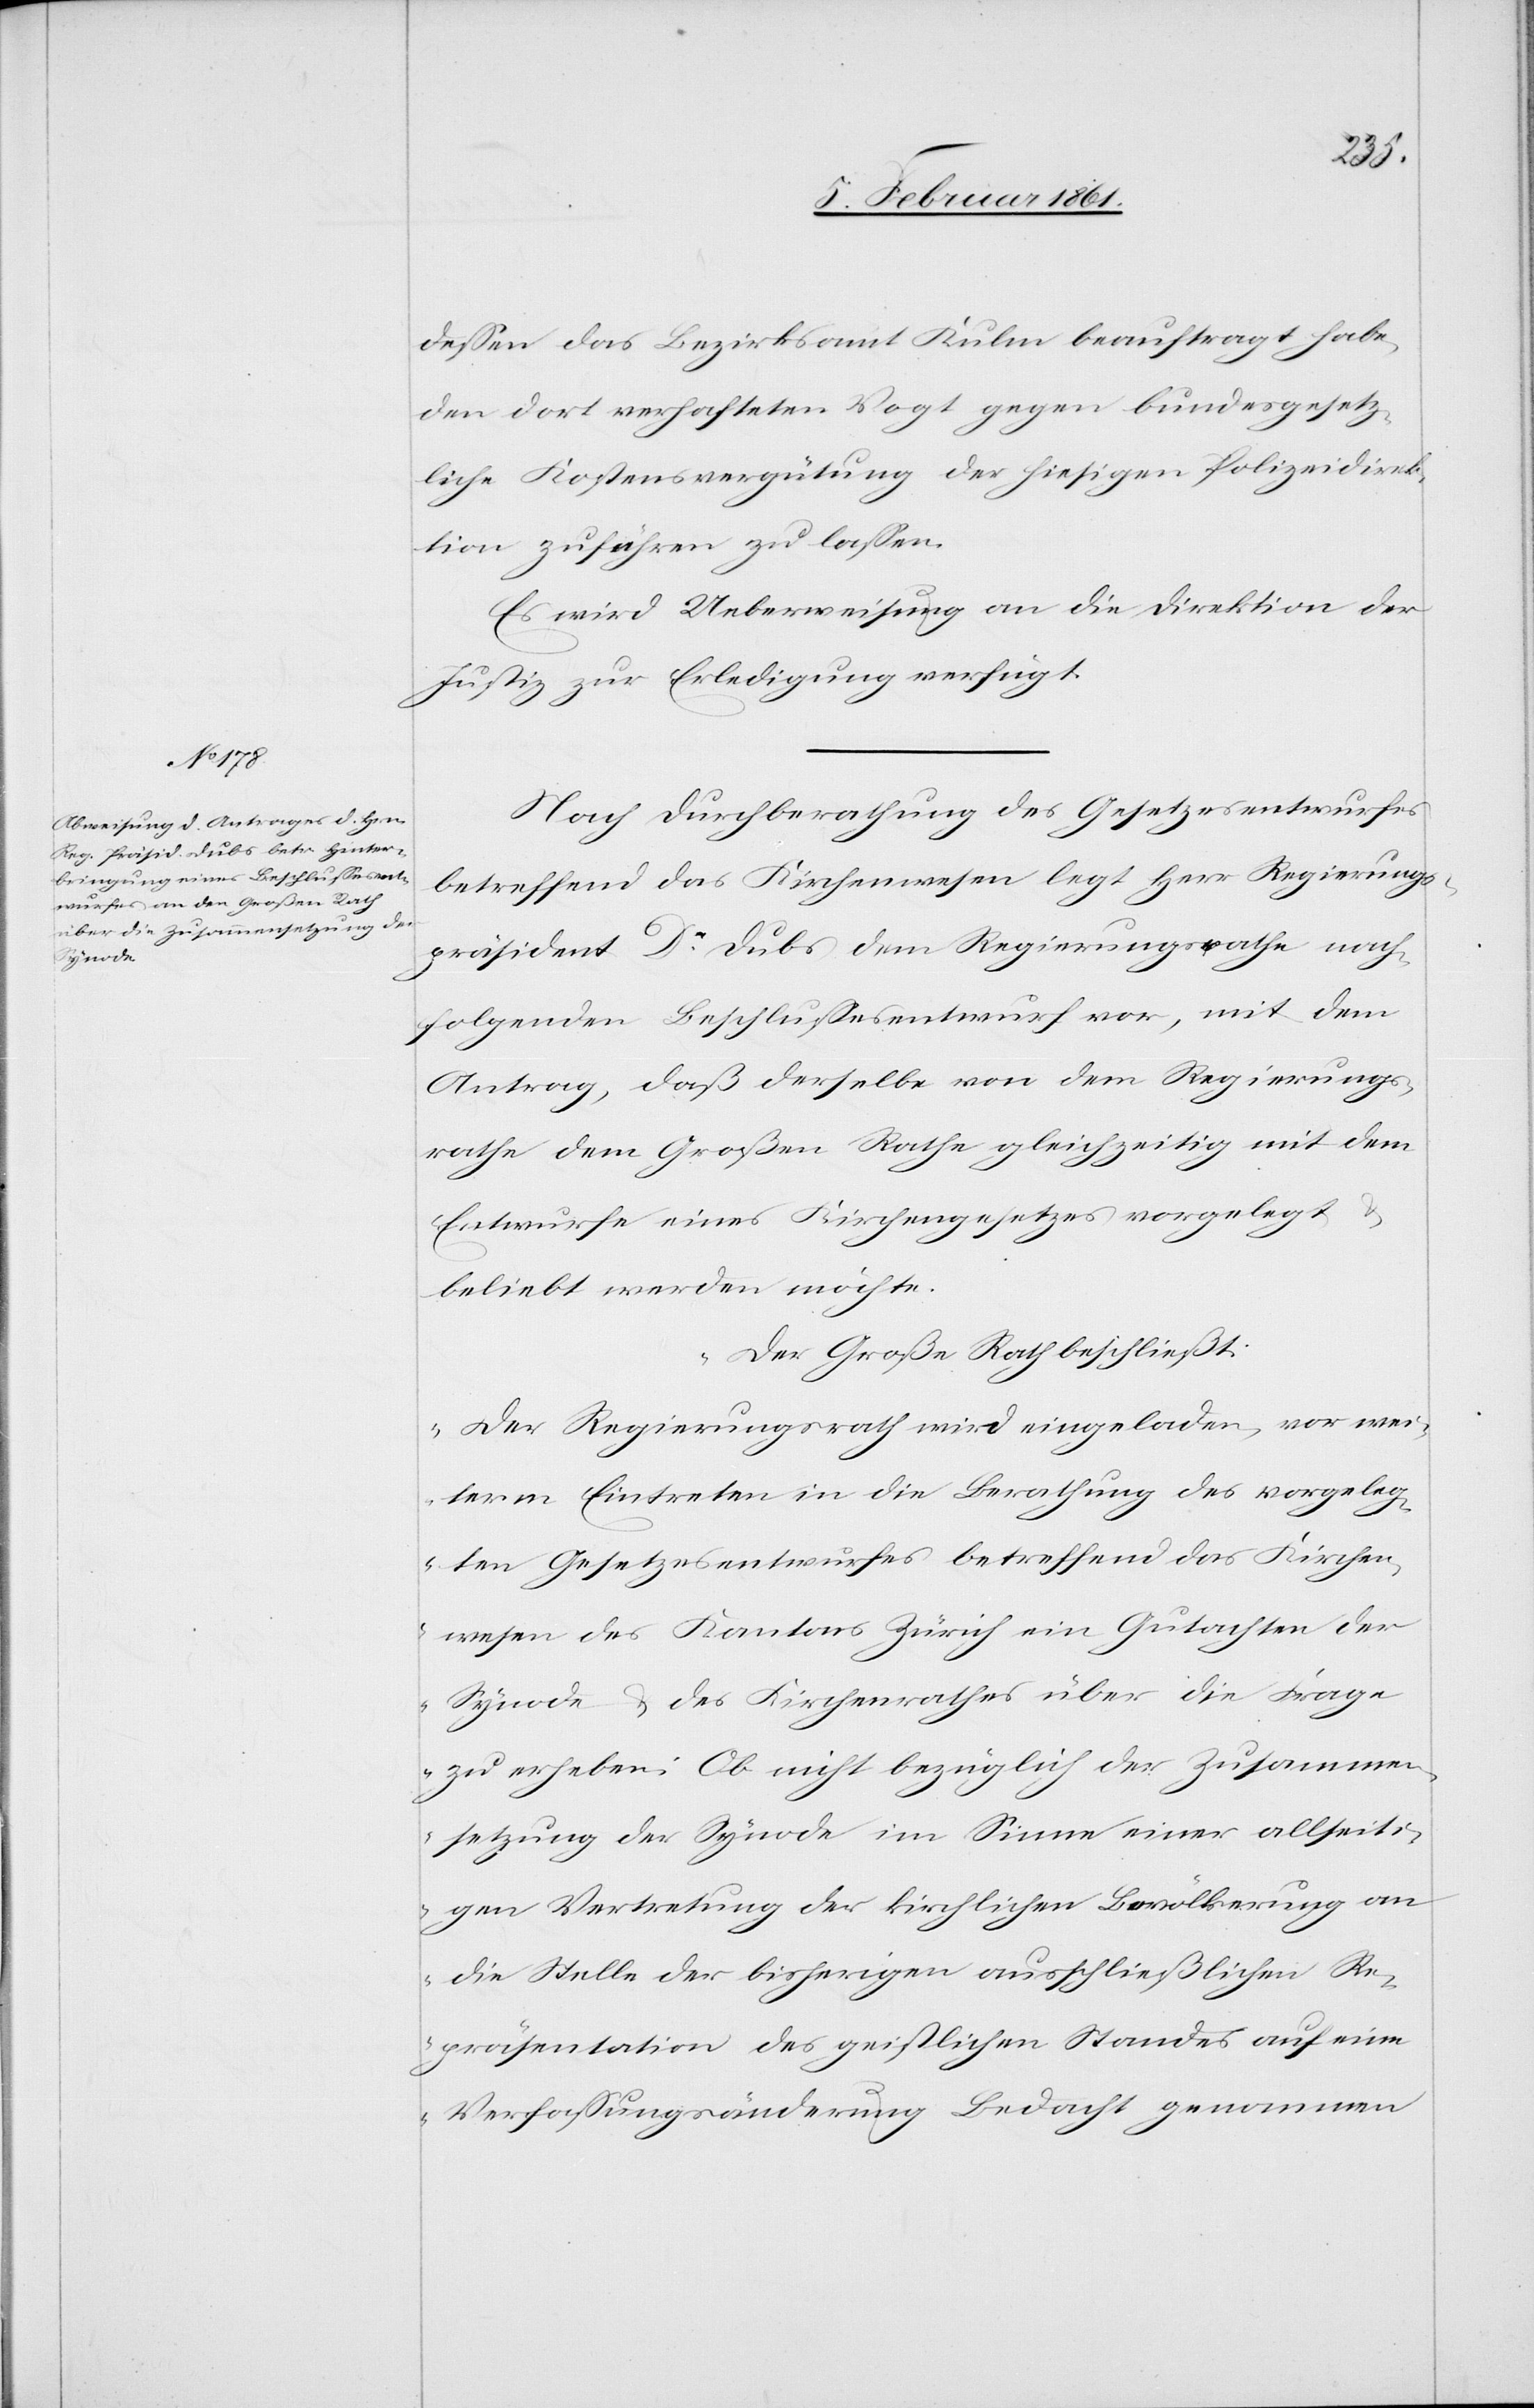
dessen das Bezirksamt Kulen beauftragt habe,
den dort verhafteten Vogt gegen bundesgesetz¬
liche Kostenvergütung der hiesigen Polizeidirek¬
tion zuführen zu lassen.
Es wird Ueberweisung an die Direktion der
Justiz zur Erledigung verfügt.
Nach Durchberathung des Gesetzesentwurfes
betreffend das Kirchenwesen legt Herr Regierungs¬
präsident Dr. Dubs dem Regierungsrathe nach¬
folgenden Beschlussesentwurf vor, mit dem
Antrag, daß derselbe von dem Regierungs¬
rathe dem Großen Rathe gleichzeitig mit dem
Entwurfe eines Kirchengesetzes vorgelegt u.
beliebt werden möchte.
„Der Große Rath beschließt:
Der Regierungsrath wird eingeladen, vor wei¬
term Eintreten in die Berathung des vorgeleg¬
ten Gesetzesentwurfes betreffend das Kirchen¬
wesen des Kantons Zürich ein Gutachten der
Synode u. des Kirchenrathes über die Frage
zu erheben: Ob nicht bezüglich der Zusammen¬
setzung der Synode im Sinne einer allseiti¬
gen Vertretung der kirchlichen Bevölkerung an
die Stelle der bisherigen ausschließlichen Re¬
präsentation des geistlichen Standes auf eine
Verfassungsänderung Bedacht genommen